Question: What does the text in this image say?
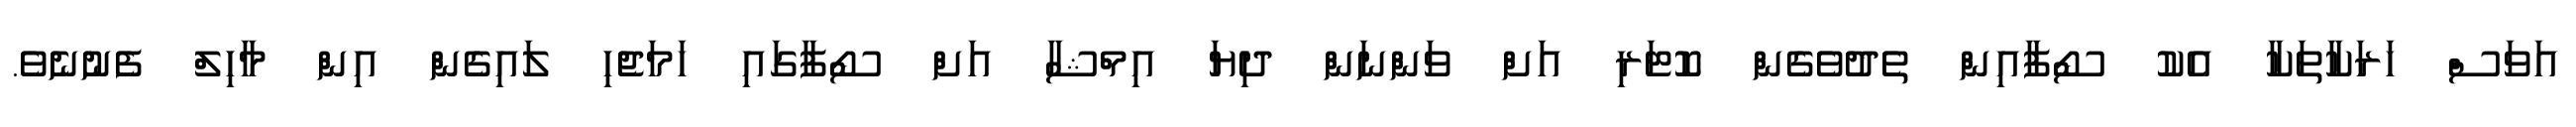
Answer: އަވަސް ހަރަކާތަކާ އެކު ސޯފާއިން ތެދުވެގެން ކޮޓަރި އަށް ވަންނަން ދިޔަ އިމްޝާ އަށް ސޯފާގައި ހަމަޖެހި ލައިގެން އިން މާހިލް ފެނުނެވެ.